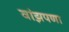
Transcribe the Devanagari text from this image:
वांझपणा